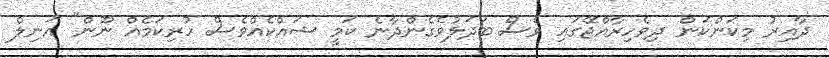
ދާއިރު މިކަންކަން ދިވެހިރާއްޖޭގައި ވެސް ބަދަލުވެގެންދާނެ ކަމީ ޝައްކެއްވެސް ހުރިކަމެއް ނޫން" އަނިލް